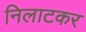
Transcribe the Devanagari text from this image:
निलाटकर